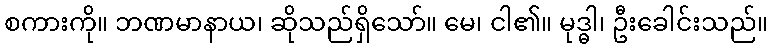
စကားကို။ ဘဏမာနာယ၊ ဆိုသည်ရှိသော်။ မေ၊ ငါ၏။ မုဒ္ဓါ၊ ဦးခေါင်းသည်။